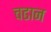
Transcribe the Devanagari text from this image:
चढान